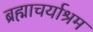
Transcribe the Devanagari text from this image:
ब्रह्माचर्याश्रम